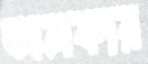
অলকার